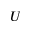
U